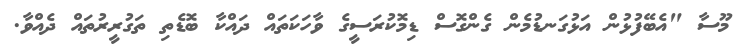
މޫސާ "އެބޭފުޅުން އަޅުގަނޑުމެން ގެންގޮސް ޑިމޮކުރަސީގެ ވާހަކަތައް ދައްކާ ބޮޑެތި ތަގުރީރުތައް ދެއްވާ.